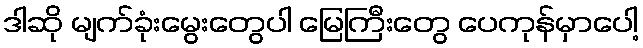
ဒါဆို မျက်ခုံးမွေးတွေပါ မြေကြီးတွေ ပေကုန်မှာပေါ့